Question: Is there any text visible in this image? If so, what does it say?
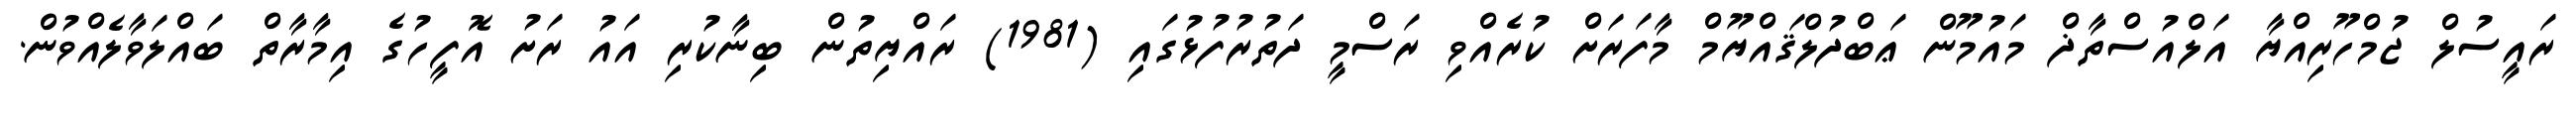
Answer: ރައީސުލް ޖުމްހޫރިއްޔާ އަލްއުސްތާޛް މައުމޫން ޢަބްދުލްޤައްޔޫމް މާފަރަށް ކުރެއްވި ރަސްމީ ދަތުރުފުޅުގައި (1981) ރައްޔިތުން ބިނާކުރި އައު ރަށު އޮފީހުގެ އިމާރާތް ބައްލަވާލެއްވުން.